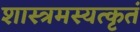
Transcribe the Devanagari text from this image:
शास्त्रमस्यत्कृतं